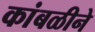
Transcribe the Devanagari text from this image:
कांबळीने